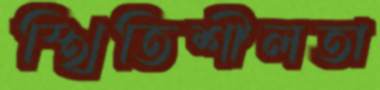
স্থিতিশীলতা